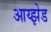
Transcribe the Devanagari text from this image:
आय्झेड